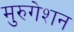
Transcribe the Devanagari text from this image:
मुरुगेशन